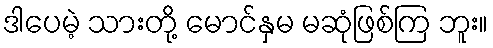
ဒါပေမဲ့ သားတို့ မောင်နှမ မဆုံဖြစ်ကြ ဘူး။